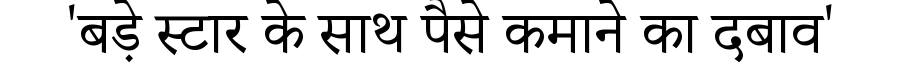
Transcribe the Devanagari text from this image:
'बड़े स्टार के साथ पैसे कमाने का दबाव'